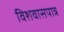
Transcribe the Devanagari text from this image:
विशवासपात्र